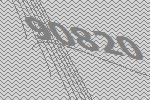
90820